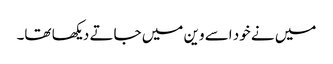
میں نے خود اسے وین میں جاتے دیکھا تھا۔